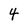
Character: 4